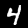
Label: 4